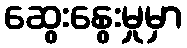
ဆွေးနွေးမှုမှာ